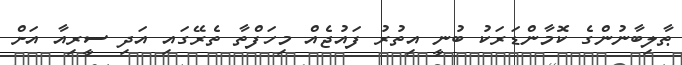
ޠާލިބާނުންގެ ކޮމާންޑަރަކު ބުނީ އިތުރު ފައުޖެއް މިހަފްތާ ތެރޭގައި އަދި ސީރިއާ އަށް